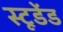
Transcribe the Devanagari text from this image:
स्टूडेंड